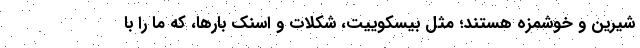
شیرین و خوشمزه هستند؛ مثل بیسکوییت، شکلات و اسنک بارها، که ما را با